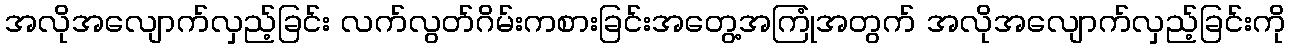
အလိုအလျောက်လှည့်ခြင်း လက်လွတ်ဂိမ်းကစားခြင်းအတွေ့အကြုံအတွက် အလိုအလျောက်လှည့်ခြင်းကို